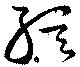
絃